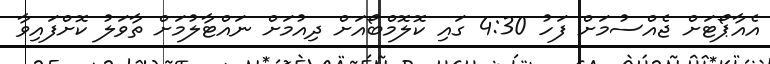
އެއާޕޯޓަށް ޖެއްސުމަށް ފަހު 4:30 ގައި ކޮލޮމްބޯއަށް ދިއުމަށް ނައްޓާލުމަށް ތާވަލު ކޮށްފައިވާ